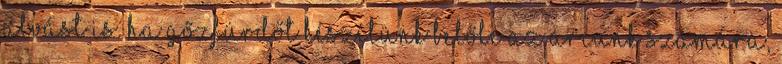
alvást is. Ha gőzfürdőt készítünk belőle az arcunk számára,